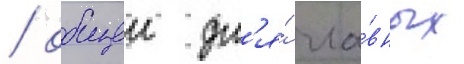
/ общеи дл'я́ гла́вных